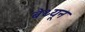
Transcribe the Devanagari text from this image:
बेथ्यून